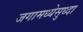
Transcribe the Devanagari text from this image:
जगामध्येसुध्दा